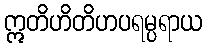
ဣတိဟိတိဟပရမ္ပရာယ